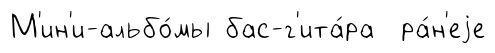
М'ин'и-альбо́мы бас-г'ита́ра ра́н'еjе